Bréfritari: Soffía Daníelsdóttir
Viðtakandi: Jakobína Magnúsdóttir og Daníel Halldórsson
Dagsetning: A-1901-05-30
Skrifað á: Skeggjastöðum  N-Múl.
Soffía var dóttir Jakobínu og Daníels

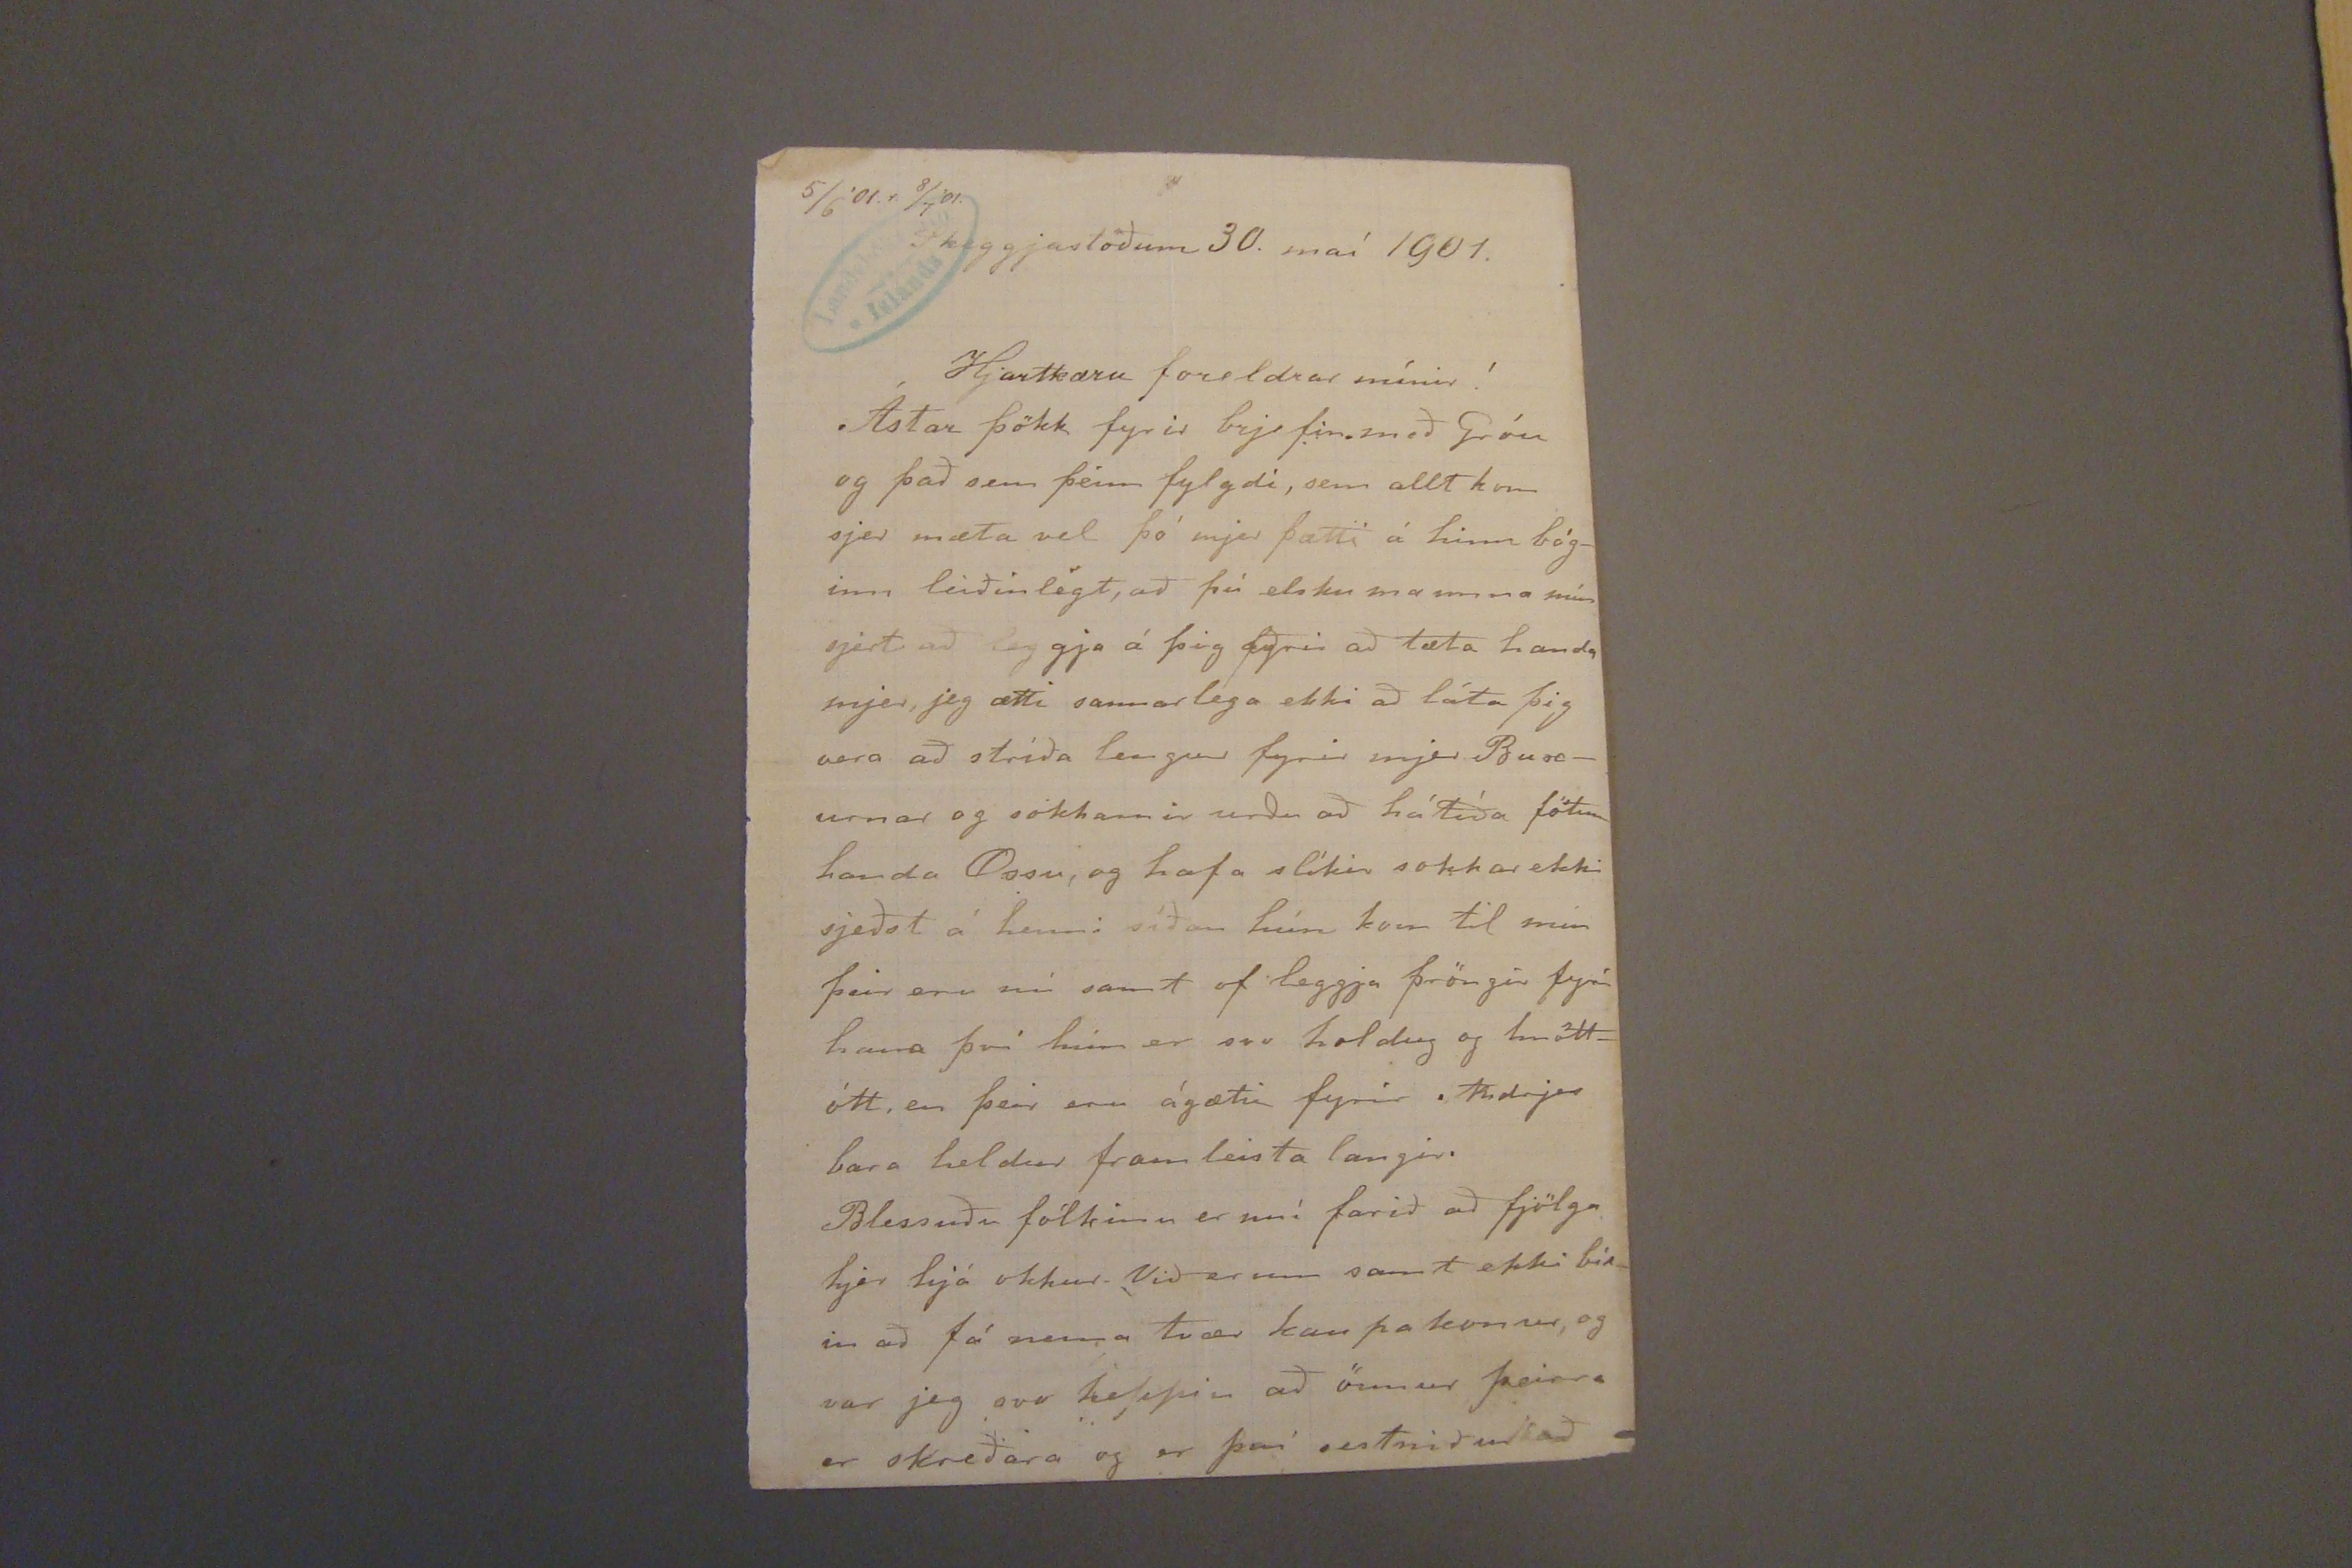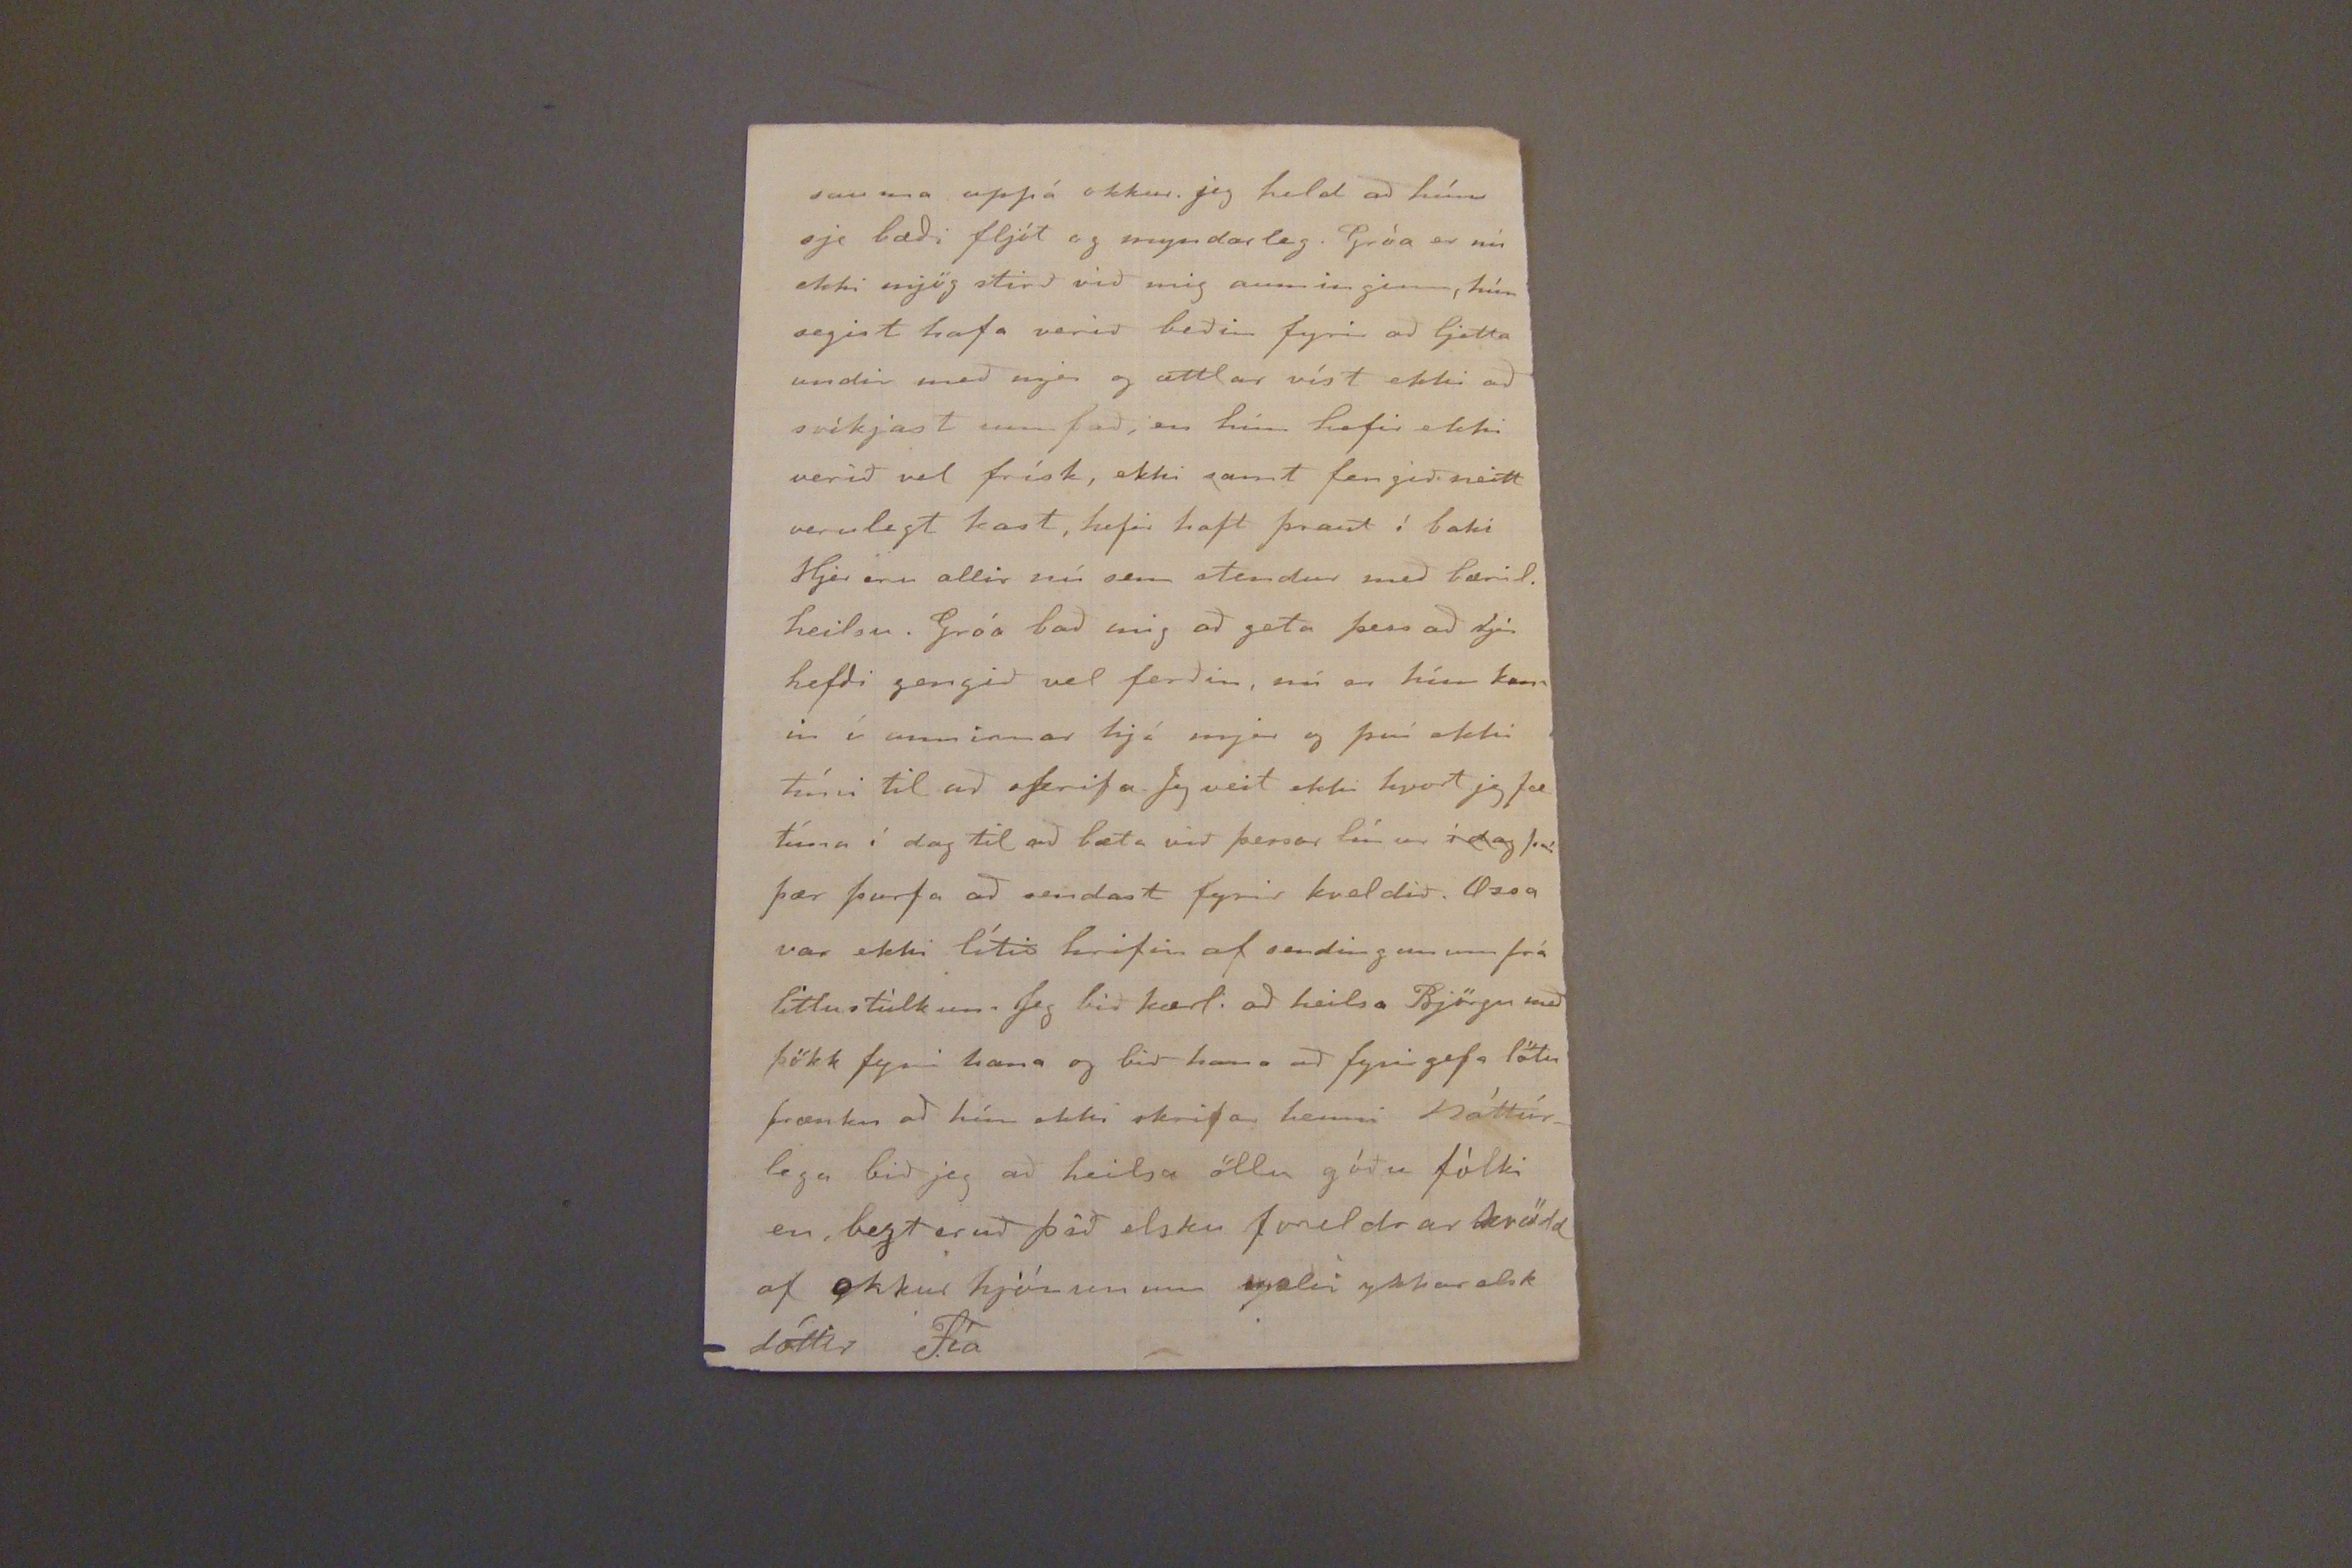

5/6'01.r 8/7'01.
Skeggjastöðum 30. maí 1901.
Hjartkæru foreldrar mínir!
Ástar þökk fyrir brjefin með Gróu og það sem þeim fylgdi, sem allt kom sjer mæta vel þó mjer þætti á hinn bóginn leiðinlegt, að þú elsku mamma mín sjert að leggja á þig fyrir að tæta handa mjer, jeg ætti sannarlega ekki að láta þig vera að stríða lengur fyrir mjer Buxurnar og sokkarnir urðu að hátíða fötum handa Ossu, og hafa slíkir sokkar ekki sjeðst á henni síðan hún kom til min þeir eru nú samt of leggja þröndir fyrir hana því hún er svo holdug og hvöttótt, en þeir eru ágætir fyrir Andrjes bara heldur frameísta landir.
Blessuðu fólkinu er
nú
farið að fjölga hjer hjá okkur. VIð er um samt ekki búin að fá nema tvær kaupakonur, og var jeg svo heppin að önnur þeirra er skreiðara og er því sestniður að
sauma uppá okkur. jeg held að hún sje bæði flót og myndarleg. Gróa er nú ekki mjög stirð við mig auminginn, hún segist hafa verið beðin fyrir að ljetta undir með mjer og ættlar víst ekki að svíkjast um það, en hún hefir ekki verið ve frísk, ekki samt fengið neitt verulegt kast, hefir haft þraut í baki Hjer eru allir nú sem stendur með bæril. heilsu. Gróa bað mig að geta þess að hjer hefði gengið vel ferðin, nú er hún komin í anninnar hjá mjer og því ekki tími til að skrifa eg veit ekki hvort jeg fæ tíma í dag til að bæta við þessar línur
í dag
því þær þurfa að sendast fyrir kveldið. Ossa var ekki lítið hrifin af sendingunni frá litlu stúlkun. Jeg bið kærl. að heilsa Björgu með þökk fyrir hana og bið hana að fyrirgefa lötu frænku að hún ekki skrifar henni Náttúrlega bið jeg að heilsa öllu góðu fólki en bezt er að þið elsku foreldrar kvödd af okkur hjónunum mælir ykkar elsk dóttir Fía